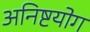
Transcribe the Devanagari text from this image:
अनिष्टयोग